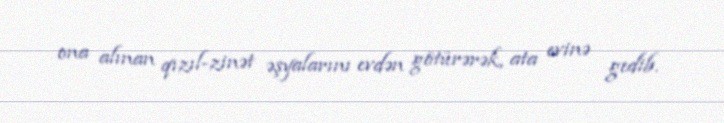
ona alınan qızıl-zinət əşyalarını evdən götürərək, ata evinə gedib.